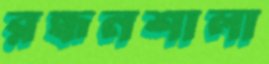
রন্ধনশালা